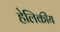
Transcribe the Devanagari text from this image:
हेलिकीय